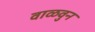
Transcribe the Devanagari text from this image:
वाळवुन